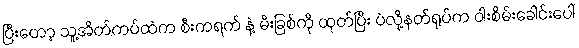
ပြီးတော့ သူ့အိတ်ကပ်ထဲက စီးကရက် နဲ့ မီးခြစ်ကို ထုတ်ပြီး ပဲလို့နတ်ရုပ်က ဝါးစိမ်းခေါင်းပေါ်